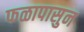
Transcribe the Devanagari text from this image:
फळापासुन